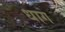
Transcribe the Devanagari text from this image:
धाग